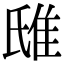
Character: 𨾛